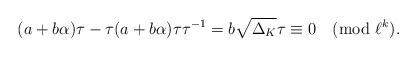
\begin{align*}(a+b\alpha)\tau-\tau(a+b\alpha)\tau\tau^{-1}=b\sqrt{\Delta_K}\tau\equiv0\pmod{\ell^k}.\end{align*}